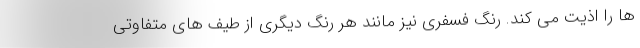
ها را اذیت می کند. رنگ فسفری نیز مانند هر رنگ دیگری از طیف های متفاوتی